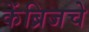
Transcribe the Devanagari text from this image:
केंब्रिजचे